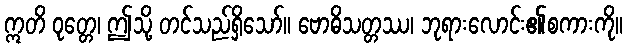
ဣတိ ဝုတ္တေ၊ ဤသို့ တင်သည်ရှိသော်။ ဗောဓိသတ္တဿ၊ ဘုရားလောင်း၏စကားကို။